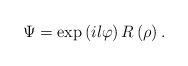
LaTeX: \begin{align*}\Psi =\exp \left( il\varphi \right) R\left( \rho \right) . \end{align*}